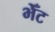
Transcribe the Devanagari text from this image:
भेँट